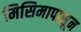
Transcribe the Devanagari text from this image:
मिसिमापासून